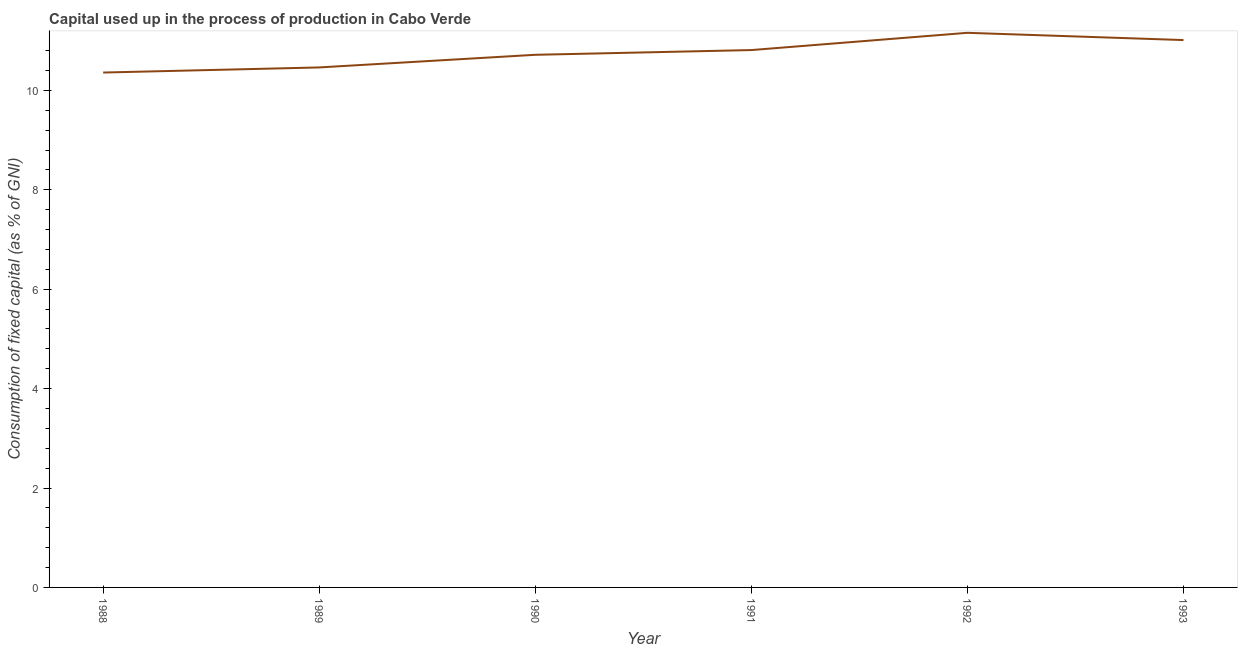
| Year | Consumption of fixed capital |
 | --- | --- |
 | 1988 | 10.4 |
 | 1989 | 10.5 |
 | 1990 | 10.7 |
 | 1991 | 10.8 |
 | 1992 | 11.2 |
 | 1993 | 11 |